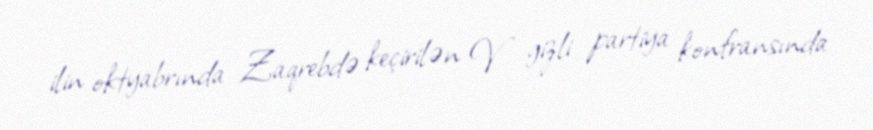
ilin oktyabrında Zaqrebdə keçirilən V gizli partiya konfransında